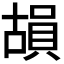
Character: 𮚍